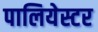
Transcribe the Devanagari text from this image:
पालियेस्टर